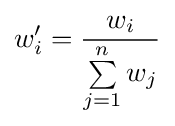
w_{i}'={\frac {w_{i}}{\sum \limits _{j=1}^{n}{w_{j}}}}